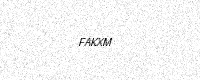
Text: FAKXM